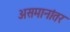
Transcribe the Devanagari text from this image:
असमानांतर